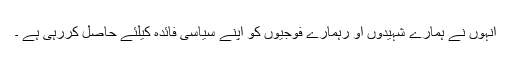
انہوں نے ہمارے شہیدوں او رہمارے فوجیوں کو اپنے سیاسی فائدہ کیلئے حاصل کررہی ہے ۔